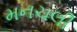
મનચલી